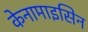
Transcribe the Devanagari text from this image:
केनामाइसिन